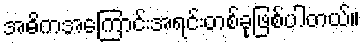
အဓိကအကြောင်းအရင်းတစ်ခုဖြစ်ပါတယ်။